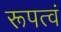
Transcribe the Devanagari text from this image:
रूपत्वं